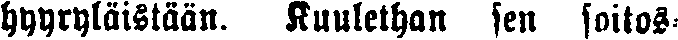
hyyryläistään. Kuulethan sen soitos-